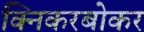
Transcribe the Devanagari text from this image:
क्निकरबोकर